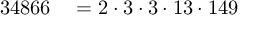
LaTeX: \begin{array} { r l } { 3 4 8 6 6 } & { { } = 2 \cdot 3 \cdot 3 \cdot 1 3 \cdot 1 4 9 } \end{array}